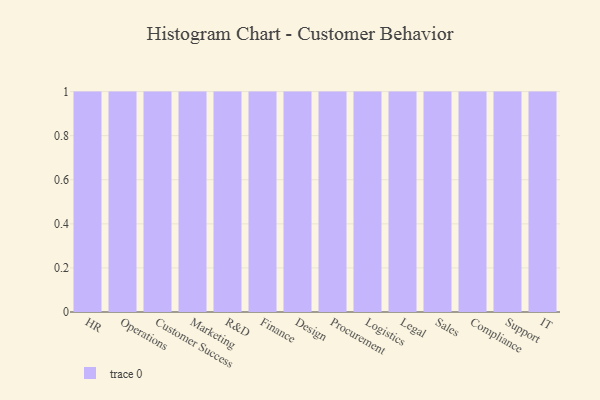
{"axis": {"x": "Department", "y": "Active Users"}, "legend": [""], "data": [{"x": "HR", "y": 16, "type": ""}, {"x": "Operations", "y": 9, "type": ""}, {"x": "Customer Success", "y": 11, "type": ""}, {"x": "Marketing", "y": 59, "type": ""}, {"x": "R&D", "y": 42, "type": ""}, {"x": "Finance", "y": 72, "type": ""}, {"x": "Design", "y": 25, "type": ""}, {"x": "Procurement", "y": 67, "type": ""}, {"x": "Logistics", "y": 47, "type": ""}, {"x": "Legal", "y": 86, "type": ""}, {"x": "Sales", "y": 16, "type": ""}, {"x": "Compliance", "y": 92, "type": ""}, {"x": "Support", "y": 20, "type": ""}, {"x": "IT", "y": 78, "type": ""}]}